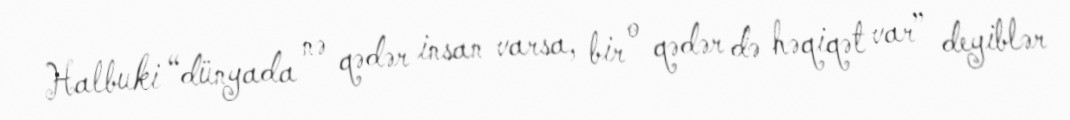
Halbuki “dünyada nə qədər insan varsa, bir o qədər də həqiqət var” deyiblər